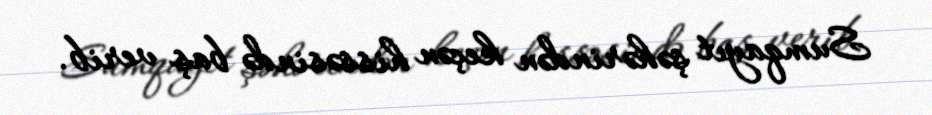
Sumqayıt şəhərindən keçən hissəsində baş verib.